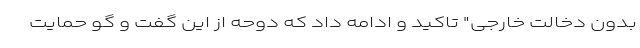
بدون دخالت خارجی" تاکید و ادامه داد که دوحه از این گفت و گو حمایت